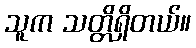
သူက သတ္တိရှိတယ်။